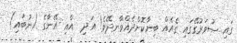
ގައި ސުވަރުގޭގައި ގެއެއް ބިނާކޮށްދެއްވާނދޭވެ! އަދި  އާއި އޭނާގެ (ނުބައި)